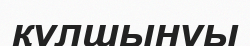
құлшынуы